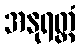
အနုရတ္တံ